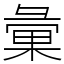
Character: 彙